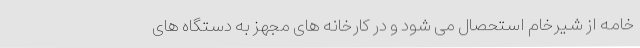
خامه از شیرخام استحصال می شود و در کارخانه های مجهز به دستگاه های